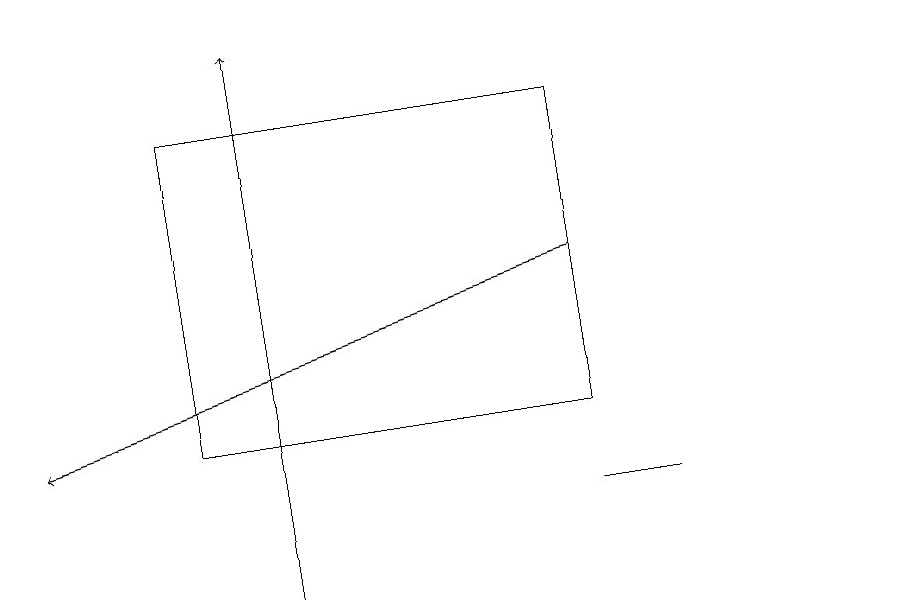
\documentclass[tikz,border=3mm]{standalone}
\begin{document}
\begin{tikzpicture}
\draw (9,12) rectangle (8,12);
\draw (12,12) circle (0);
\draw[->] (8,15) -- (1,13);
\draw[->] (4,11) -- (4,18);
\draw (3,13) rectangle (8,17);
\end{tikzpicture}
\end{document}